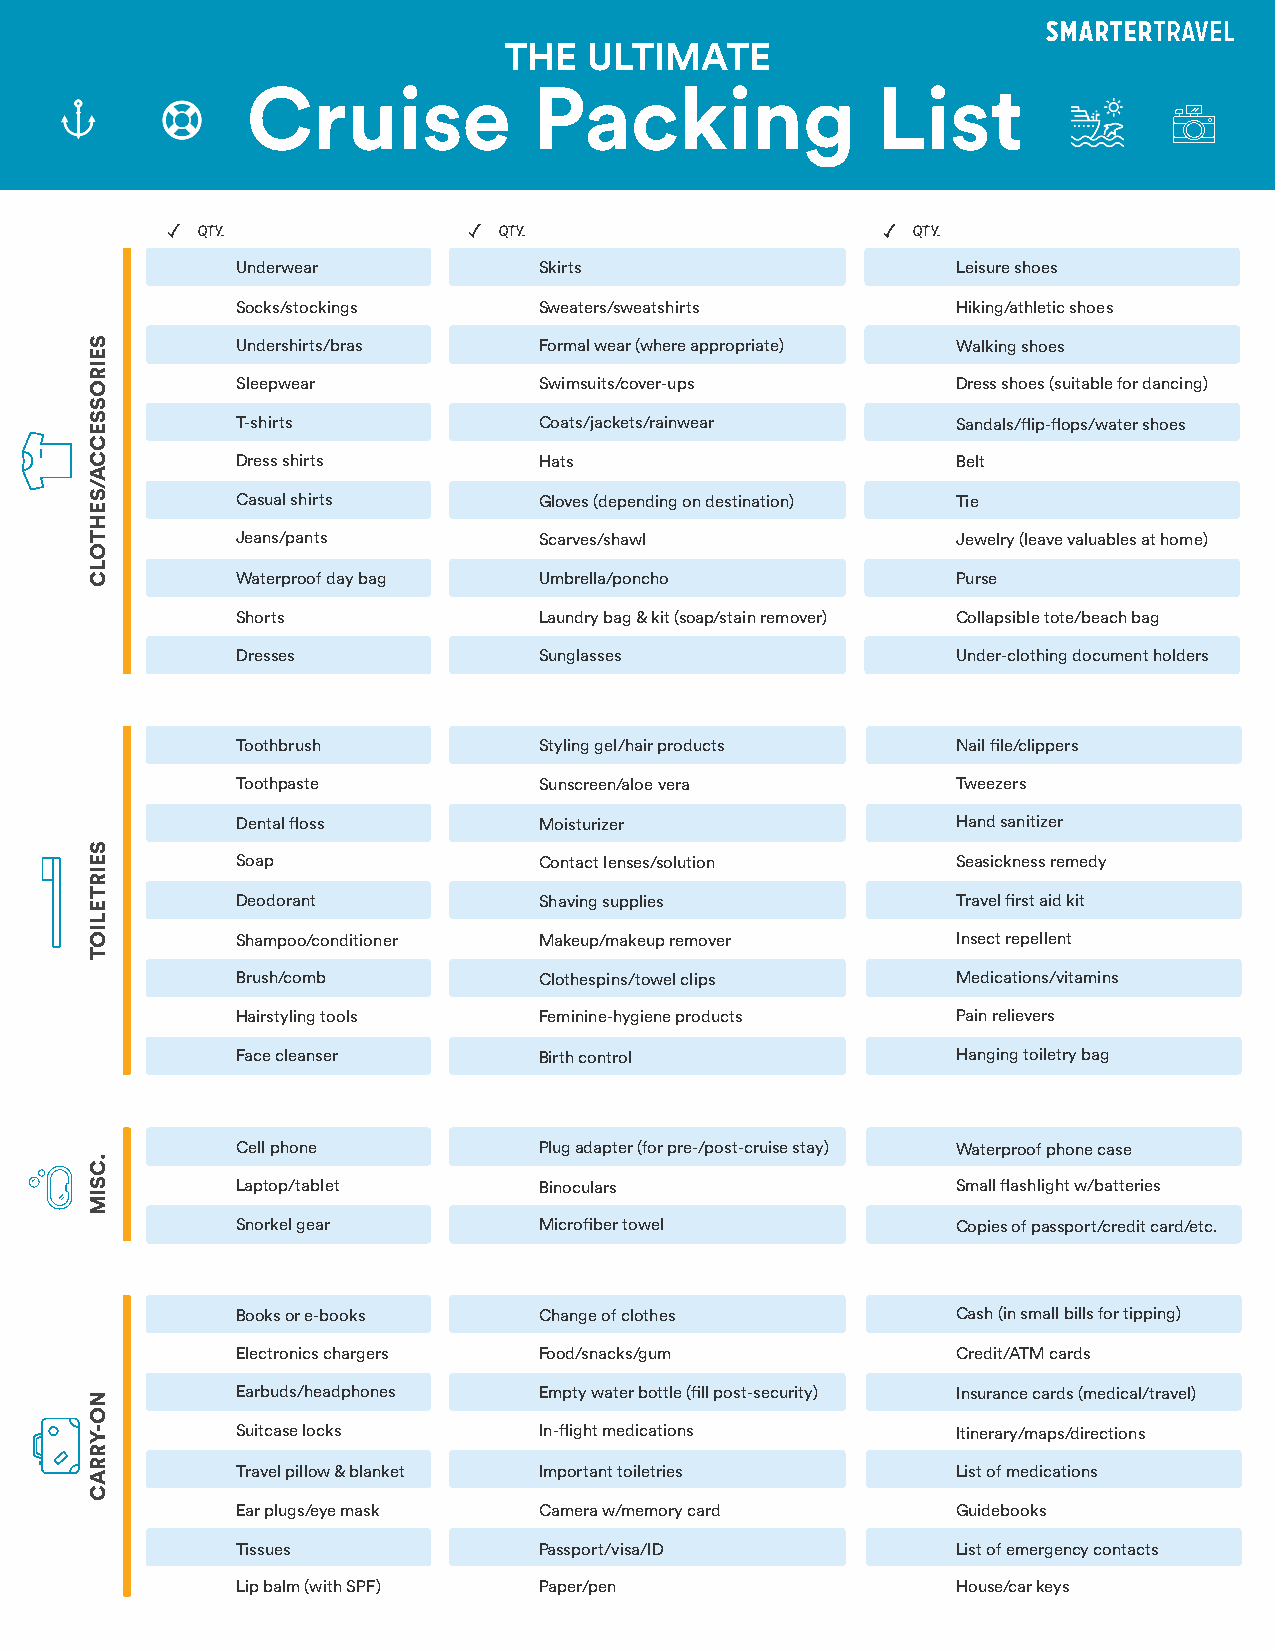
THE   ULTIMATE
 Cruise             Packing                List
 QTY.                QTY.                       QTY.
 Underwear           Skirts                     Leisure shoes
 Socks/stockings     Sweaters/sweatshirts       Hiking/athletic shoes
 Undershirts/bras    Formal wear (where appropriate) Walking shoes
 Sleepwear           Swimsuits/cover-ups        Dress shoes (suitable for dancing)
 T-shirts            Coats/jackets/rainwear     Sandals/flip-flops/water shoes
 Dress shirts        Hats                       Belt
 Casual shirts       Gloves (depending on destination) Tie
 Jeans/pants         Scarves/shawl              Jewelry (leave valuables at home)
 Waterproof day bag  Umbrella/poncho            Purse
 Shorts              Laundry bag & kit (soap/stain remover) Collapsible tote/beach bag
 Dresses             Sunglasses                 Under-clothing document holders
 Toothbrush          Styling gel/hair products  Nail file/clippers
 Toothpaste          Sunscreen/aloe vera        Tweezers
 Dental floss        Moisturizer                Hand sanitizer
 Soap                Contact lenses/solution    Seasickness remedy
 Deodorant           Shaving supplies           Travel first aid kit
 Shampoo/conditioner Makeup/makeup remover      Insect repellent
 Brush/comb          Clothespins/towel clips    Medications/vitamins
 Hairstyling tools   Feminine-hygiene products  Pain relievers
 Face cleanser       Birth control              Hanging toiletry bag
 Cell phone          Plug adapter (for pre-/post-cruise stay) Waterproof phone case
 Laptop/tablet       Binoculars                 Small flashlight w/batteries
 Snorkel gear        Microfiber towel           Copies of passport/credit card/etc.
 Books or e-books    Change of clothes          Cash (in small bills for tipping)
 Electronics chargers Food/snacks/gum           Credit/ATM cards
 Earbuds/headphones  Empty water bottle (fill post-security) Insurance cards (medical/travel)
 Suitcase locks      In-flight medications      Itinerary/maps/directions
 Travel pillow & blanket Important toiletries   List of medications
 Ear plugs/eye mask  Camera w/memory card       Guidebooks
 Tissues             Passport/visa/ID           List of emergency contacts
 Lip balm (with SPF) Paper/pen                  House/car keys
 SEIROSSECCA/SEHTOLC
 SEIRTELIOT
 .CSIM
 NO-YRRAC